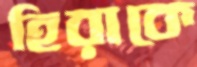
হিরাকে